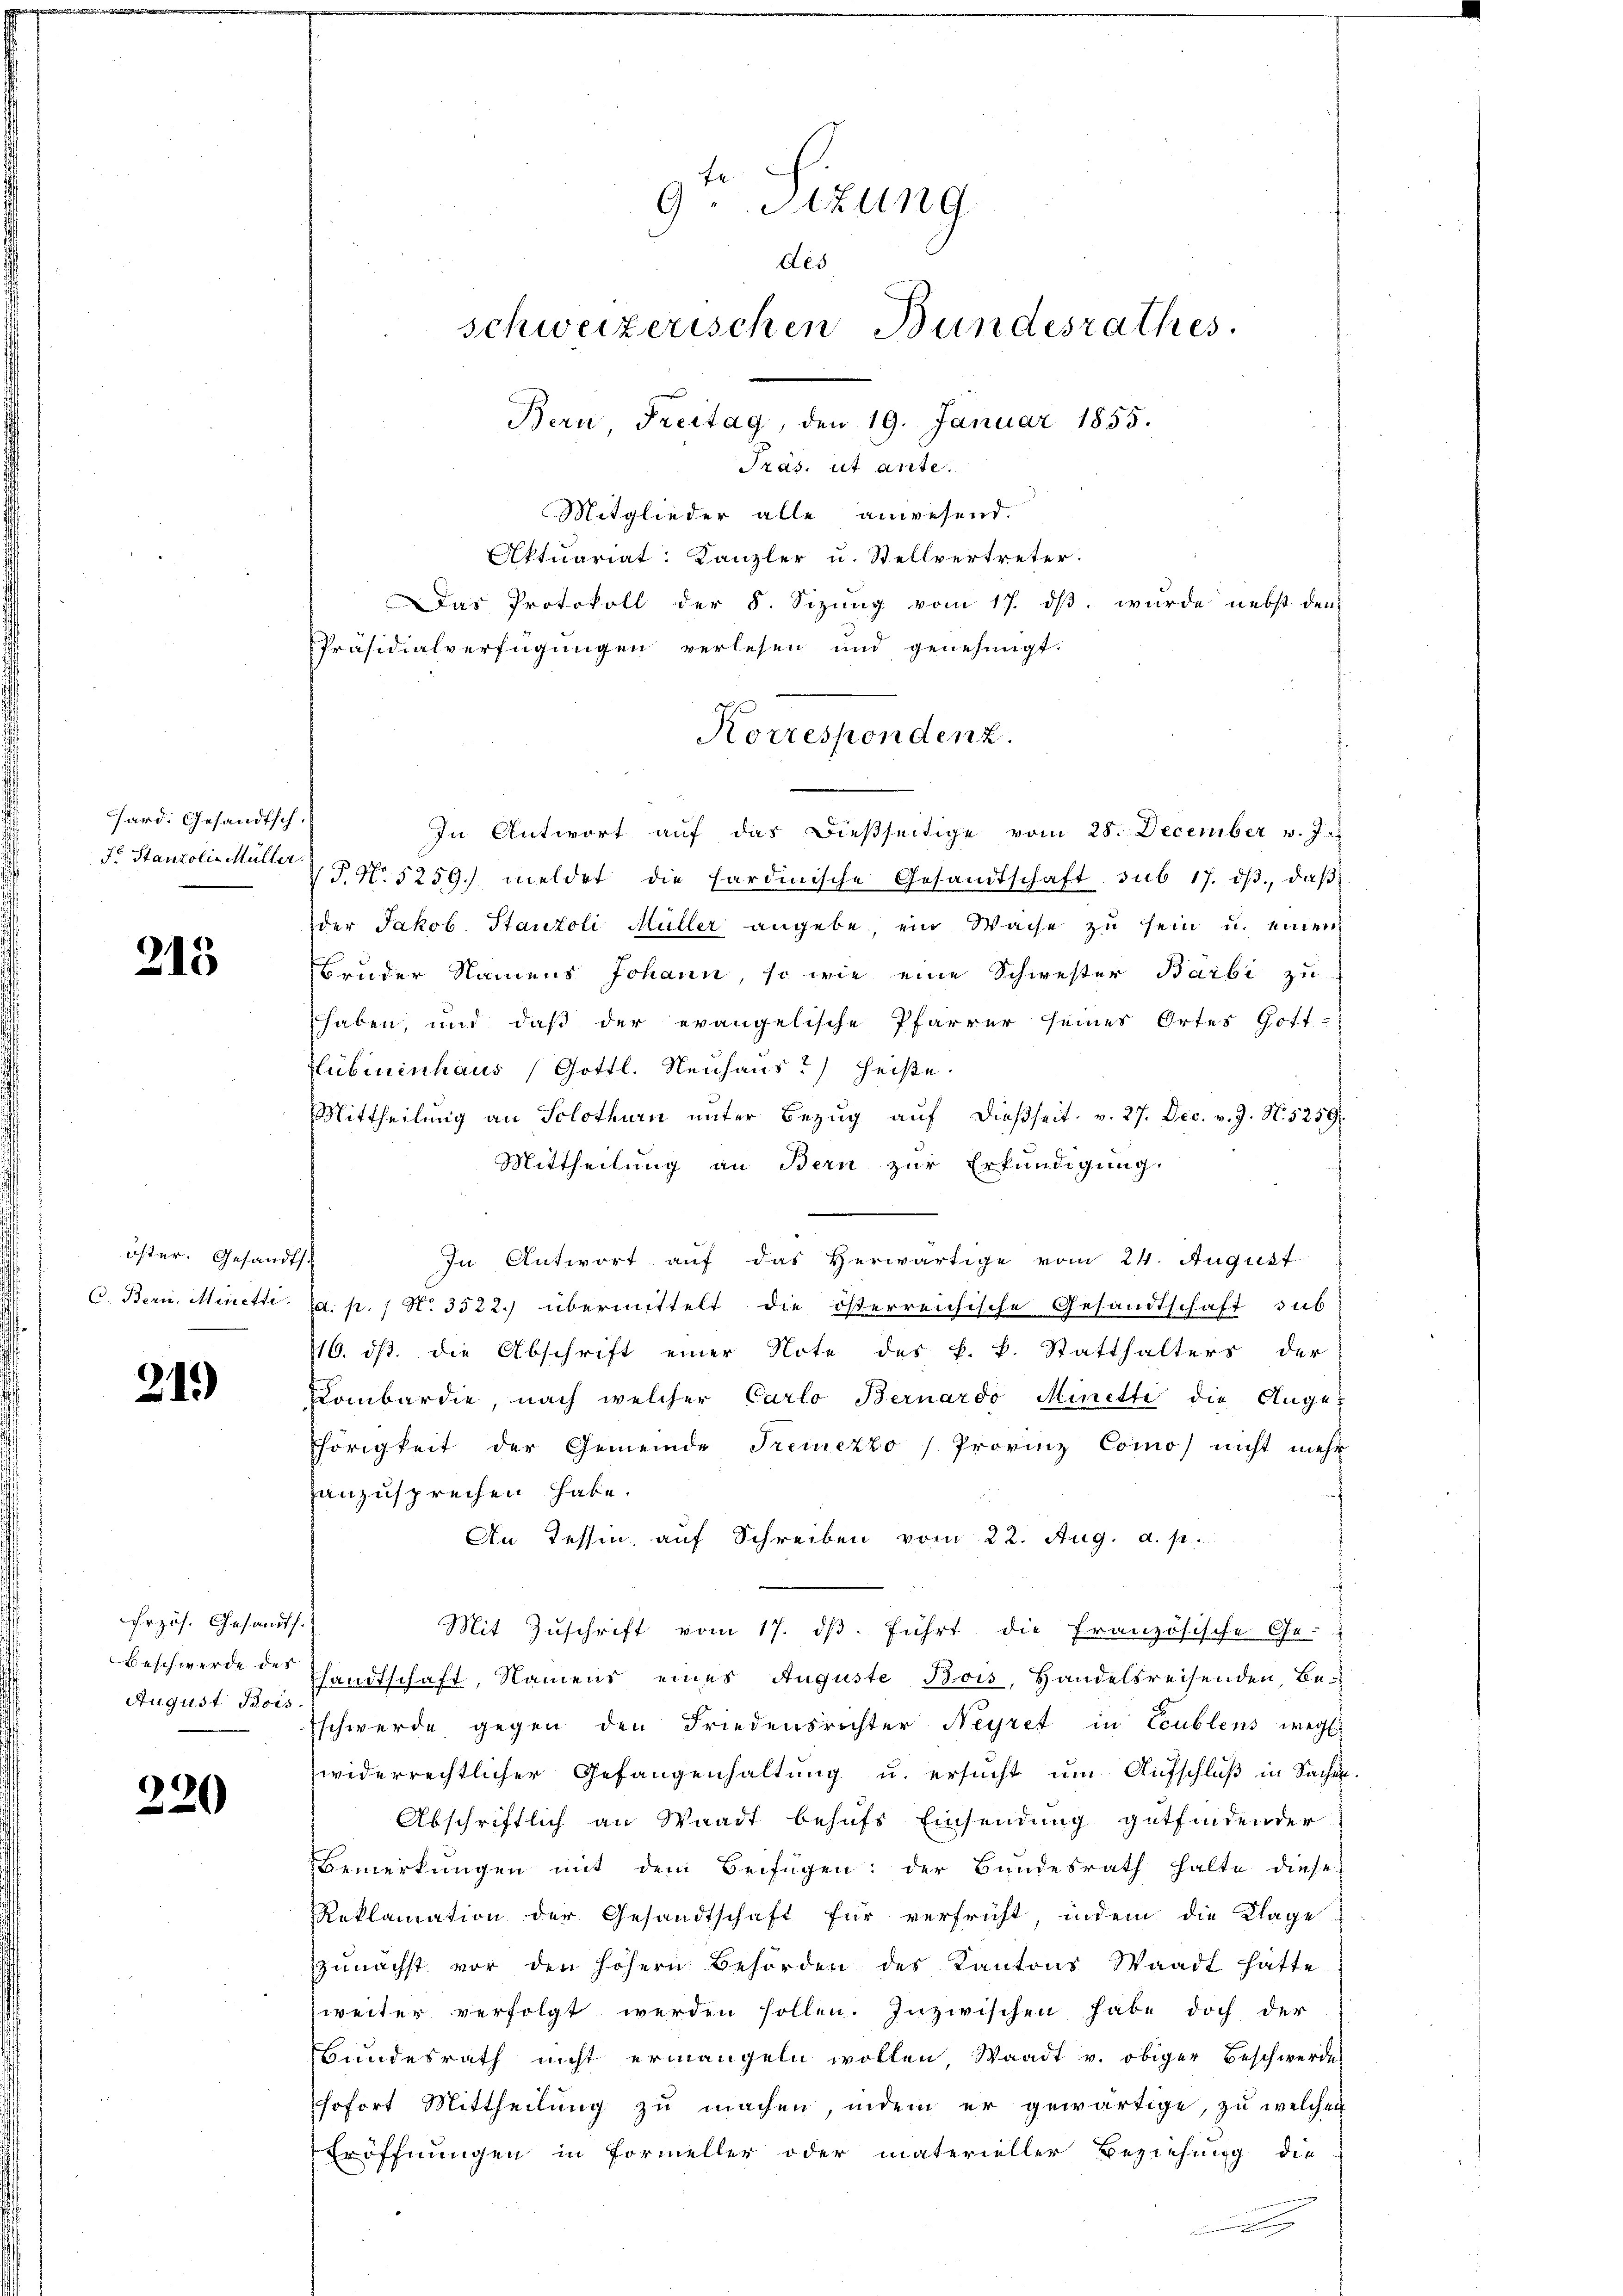
hard. Gesandtsch.
Fr. Stanzoli- Müller

213

öster. Gesandts
C. Berin. Minetti.

21.)

Erzös. Gesandts.
Beschwerde des
August Bois

220

Mitglieder alle anwesend.
Aktuariat: Kanzler u. Stellvertreter.
Das Protokoll der 8. Sizŭng vom 17. dβ. wurde nebst den
Präsidialverfügungen verlesen und genehmigt.
In Antwort aŭf das dießseitige vom 28. December v. J.
S No 5259. meldet die Sardinische Gesandtschaft sub 17. dβ., daβ
der Jakob Stanzoli Müller angebe, ein Waise zu sein u. einen
Bruder Namens Johann, so wie eine Schwester Barbi zu
haben, und daß der evangelische Pfarrer seines Ortes Gott-
Hlubinenhaus (Gottl. Neuhaus?) heiße.
Mittheilŭng an Solothurn ŭnter Bezŭg aŭf dießseit v. 27. Dec. v. J. N. 5259.
Mittheilung an Bern zur Erkundigung.
In Antwort auf das Herwärtige vom 24. August
d. p. 1 No 3522.) übermittelt die österreichische Gesandtschaft sub
116. ds. die Abschrift einer Note des k. k. Statthalters der
Kombardie, nach welcher Carlo Bernardo Minette die Augehörigkeit der Gemeinde Fremezzo /Provinz Commos nicht mehr
anzusprechen habe.
An Tessin, auf Schreiben vom 22. Aug. a. p.
Mit Zuschrift vom 17. dβ. führt die Französische Ge-
sandtschaft, Namens eines Auguste Bois, Handelsreisenden, Beschwerde gegen den Friedensrichter Neyret in Ccublens weg
widerrechtlicher Gefangenhaltung u. ersucht um Aufschluß in Sachen.
Abschriftlich an Waadt behufs Einsendung gutfindender
Bemerkungen mit dem Beifügen: der Bundesrath halte diese
Reklamation der Gesandtschaft für verfrüht, indem die Klage
zŭnächst vor den höhern Behörden des Kantons Waadt hatte
weiter verfolgt werden sollen. Inzwischen habe doch der
Bundesrath nicht ermangeln wollen Waadt v. obiger Beschwerdes
sofort Mittheilung zu machen, indem er gewärtige, zu welcher
Eröffnungen in Formeller oder materieller Beziehung die

9.Sizung
des
schweizerischen Bundesrathes.
Bern, Freitag, den 19. Januar 1855.
Präs. ut ante.

Korrespondenz.